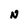
Character: N